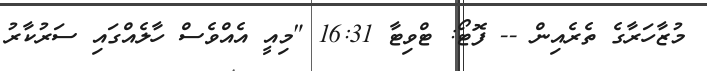
މުޒާހަރާގެ ތެރެއިން -- ފޮޓޯ: ޓްވިޓާ 16:31 "މިއީ އެއްވެސް ހާލެއްގައި ސަރުކާރު